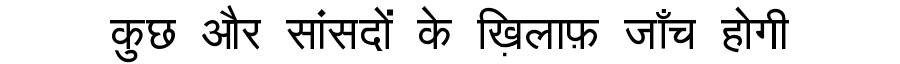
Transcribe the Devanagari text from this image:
कुछ और सांसदों के ख़िलाफ़ जाँच होगी